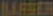
BARBER